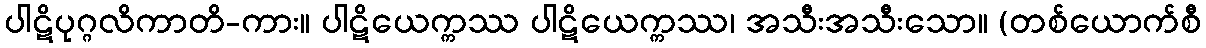
ပါဋိပုဂ္ဂလိကာတိ-ကား။ ပါဋိယေက္ကဿ ပါဋိယေက္ကဿ၊ အသီးအသီးသော။ (တစ်ယောက်စီ